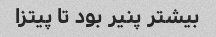
بیشتر پنیر بود تا پیتزا